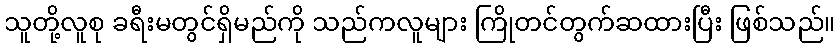
သူတို့လူစု ခရီးမတွင်ရှိမည်ကို သည်ကလူများ ကြိုတင်တွက်ဆထားပြီး ဖြစ်သည်။